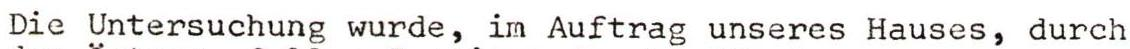
Die Untersuchung wurde, in Auftrag unseres Hauses, durch